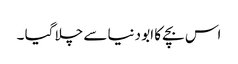
اس بچے کا ابو دنیا سے چلا گیا ۔